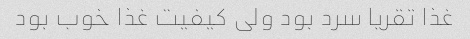
غذا تقریا سرد بود ولی کیفیت غذا خوب بود